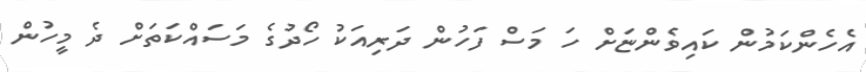
އެހެންކަމުން ކައިވެންޏަށް ހަ މަސް ފަހުން ދަރިއަކު ހޯދުގެ މަސައްކަތަށް ދެ މީހުން